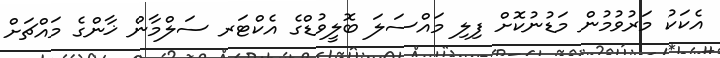
އެކަކު މަރުވުމުން މަޑުނުކޮށް ފިލި މައްސަލަ ބޮލީވުޑްގެ އެކްޓަރ ސަލްމާން ޚާންގެ މައްޗަށް